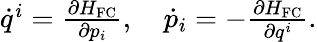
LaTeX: \begin{array}{r}{\begin{array}{r}{\dot{q}^{i}=\frac{\partial H_{\mathrm{FC}}}{\partial p_{i}},\quad\dot{p}_{i}=-\frac{\partial H_{\mathrm{FC}}}{\partial q^{i}}.}\end{array}}\end{array}